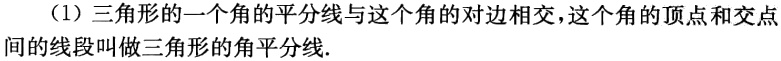
（1）三角形的一个角的平分线与这个角的对边相交，这个角的顶点和交点间的线段叫做三角形的角平分线.